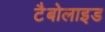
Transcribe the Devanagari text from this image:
टैबोलाइड